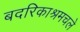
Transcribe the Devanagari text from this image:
बदरिकाश्रमचले